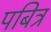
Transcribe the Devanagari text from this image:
पबित्र